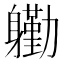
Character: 𮜺